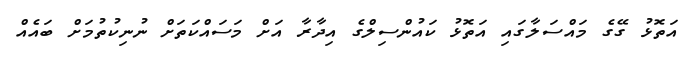
އަތޮޅު ގޭގެ މައްސަލާގައި އަތޮޅު ކައުންސިލްގެ އިދާރާ އަށް މަސައްކަތަށް ނުނިކުތުމަށް ބައެއް